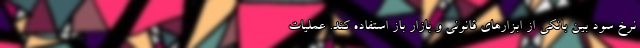
نرخ سود بین بانکی از ابزارهای قانونی و بازار باز استفاده کند. عملیات